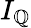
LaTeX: I_{\mathbb{Q}}